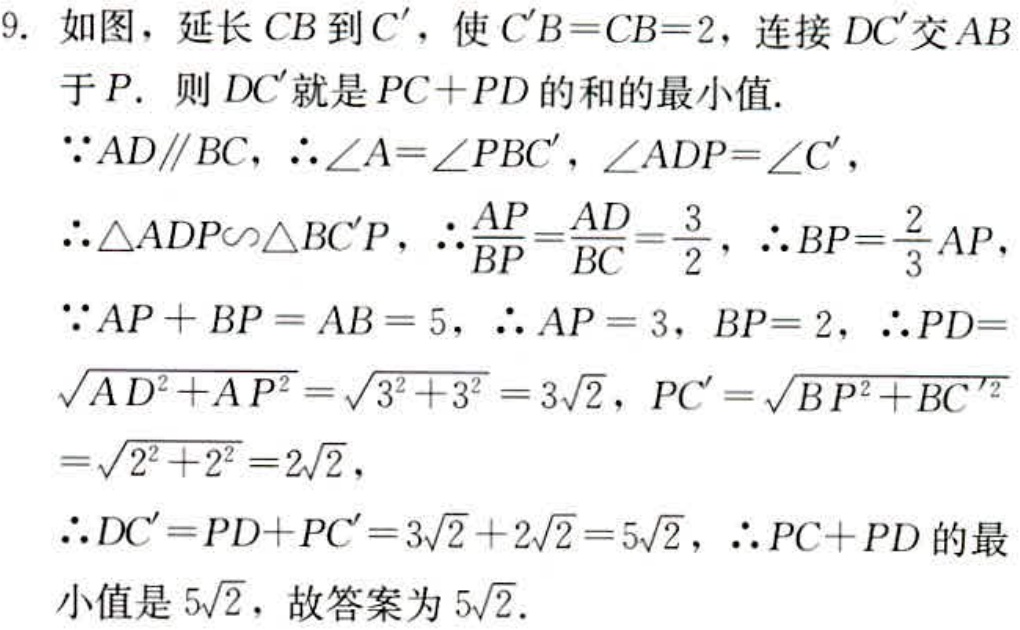
9. 如图，延长 \(CB\) 到 \(C'\)，使 \(C'B = CB = 2\)，连接 \(DC'\) 交 \(AB\) 于 \(P\). 则 \(DC'\) 就是 \(PC + PD\) 的和的最小值.
\(\because AD\parallel BC\)，\(\therefore\angle A=\angle PBC'\)，\(\angle ADP=\angle C'\)，
\(\therefore\triangle ADP\sim\triangle BC'P\)，\(\therefore\frac{AP}{BP}=\frac{AD}{BC}=\frac{3}{2}\)，\(\therefore BP = \frac{2}{3}AP\)，
\(\because AP + BP = AB = 5\)，\(\therefore AP = 3\)，\(BP = 2\)，\(\therefore PD=\sqrt{AD^{2}+AP^{2}}=\sqrt{3^{2}+3^{2}} = 3\sqrt{2}\)，\(PC'=\sqrt{BP^{2}+BC'^{2}}=\sqrt{2^{2}+2^{2}} = 2\sqrt{2}\)，
\(\therefore DC'=PD + PC'=3\sqrt{2}+2\sqrt{2}=5\sqrt{2}\)，\(\therefore PC + PD\) 的最小值是 \(5\sqrt{2}\)，故答案为 \(5\sqrt{2}\).